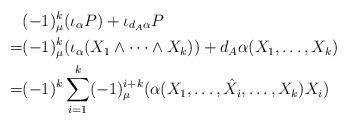
LaTeX: \begin{align*}& (-1)^k _\mu (\iota_\alpha P) + \iota_{d_A \alpha} P\\= & (-1)^k _\mu (\iota_\alpha (X_1 \wedge \cdots \wedge X_k)) + d_A \alpha (X_1, \ldots, X_k)\\= & (-1)^k \sum_{i=1}^k (-1)^{i+k} _\mu (\alpha(X_1, \ldots, \hat{X_i}, \ldots, X_k) X_i)\end{align*}